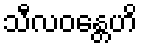
သီလဝန္တေဟိ